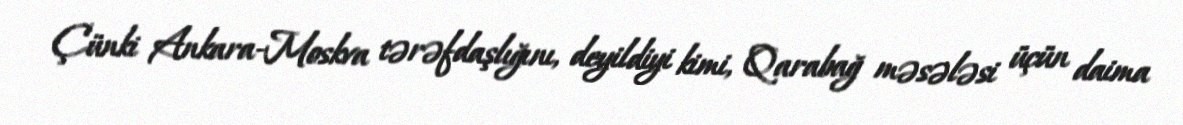
Çünki Ankara-Moskva tərəfdaşlığını, deyildiyi kimi, Qarabağ məsələsi üçün daima